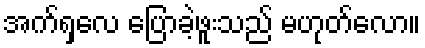
အက်ရှလေ ပြောခဲ့ဖူးသည် မဟုတ်လော။